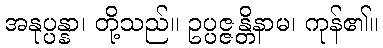
အနုပ္ပန္နာ၊ တို့သည်။ ဥပ္ပဇ္ဇန္တိနာမ၊ ကုန်၏။